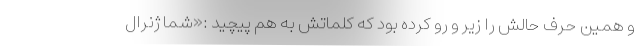
و همین حرف حالش را زیر و رو کرده بود که کلماتش به هم پیچید :«شما ژنرال